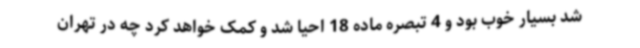
شد بسیار خوب بود و 4 تبصره ماده 18 احیا شد و کمک خواهد کرد چه در تهران